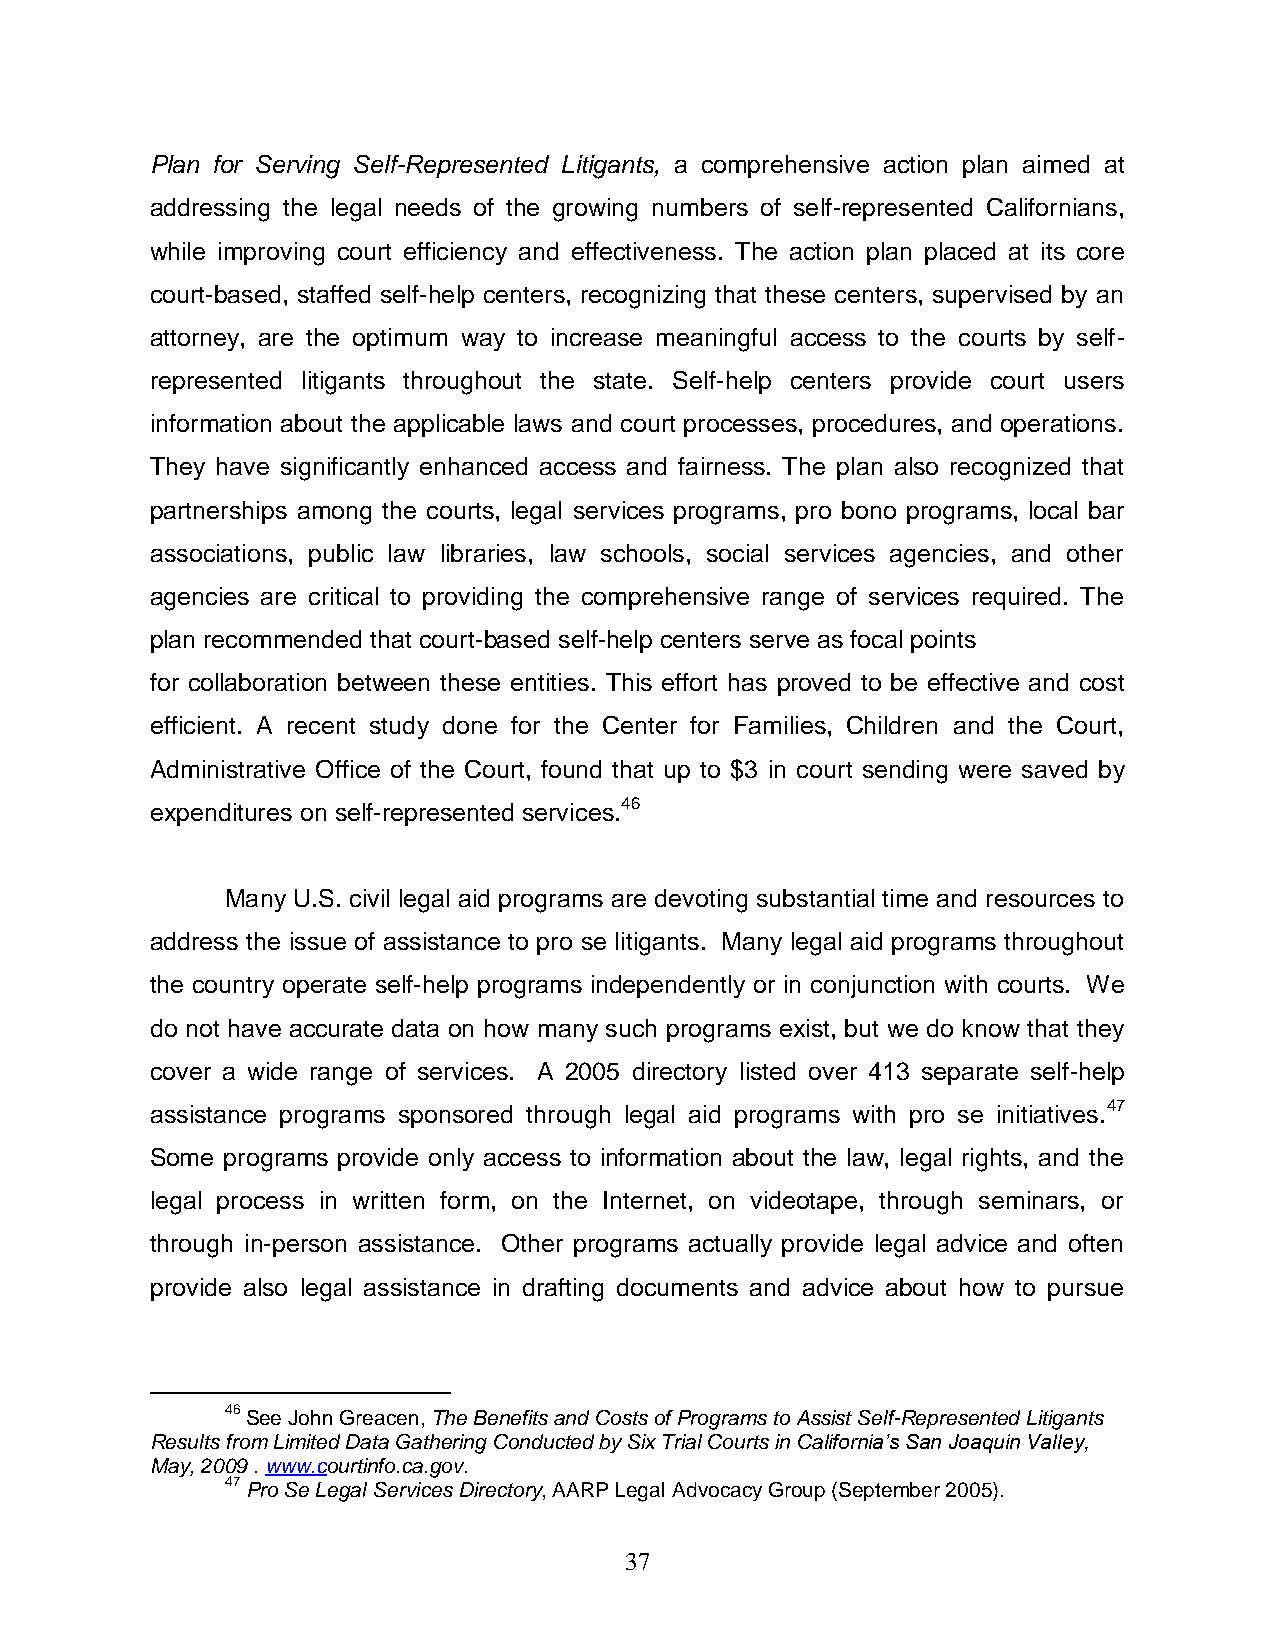
Plan for Serving Self-Represented Litigants, a comprehensive action plan aimed at
 addressing the legal needs of the growing numbers of self-represented Californians,
 while improving court efficiency and effectiveness. The action plan placed at its core
 court-based, staffed self-help centers, recognizing that these centers, supervised by an
 attorney, are the optimum way to increase meaningful access to the courts by self-
 represented litigants throughout the state. Self-help centers provide court users
 information about the applicable laws and court processes, procedures, and operations.
 They have significantly enhanced access and fairness. The plan also recognized that
 partnerships among the courts, legal services programs, pro bono programs, local bar
 associations, public law libraries, law schools, social services agencies, and other
 agencies are critical to providing the comprehensive range of services required. The
 plan recommended that court-based self-help centers serve as focal points
 for collaboration between these entities. This effort has proved to be effective and cost
 efficient. A recent study done for the Center for Families, Children and the Court,
 Administrative Office of the Court, found that up to $3 in court sending were saved by
 expenditures on self-represented services.46
 Many U.S. civil legal aid programs are devoting substantial time and resources to
 address the issue of assistance to pro se litigants. Many legal aid programs throughout
 the country operate self-help programs independently or in conjunction with courts. We
 do not have accurate data on how many such programs exist, but we do know that they
 cover a wide range of services. A 2005 directory listed over 413 separate self-help
 assistance programs sponsored through legal aid programs with pro se initiatives.47
 Some programs provide only access to information about the law, legal rights, and the
 legal process in written form, on the Internet, on videotape, through seminars, or
 through in-person assistance. Other programs actually provide legal advice and often
 provide also legal assistance in drafting documents and advice about how to pursue
 46 See John Greacen, The Benefits and Costs of Programs to Assist Self-Represented Litigants
 Results from Limited Data Gathering Conducted by Six Trial Courts in California’s San Joaquin Valley,
 May, 2009 . www.courtinfo.ca.gov.
 47 Pro Se Legal Services Directory, AARP Legal Advocacy Group (September 2005).
 37